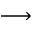
\longrightarrow